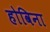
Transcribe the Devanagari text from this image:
होविना